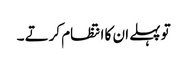
تو پہلے ان کا انتظام کرتے ۔